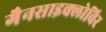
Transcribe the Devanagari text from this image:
गैनसाइक्लोविर